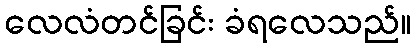
လေလံတင်ခြင်း ခံရလေသည်။